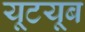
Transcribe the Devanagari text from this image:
यूटयूब